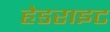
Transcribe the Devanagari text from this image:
हेडराइट